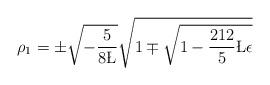
LaTeX: \begin{align*}\rho_1 = \pm \sqrt{-\frac{5}{8 \L}}\sqrt{ 1 \mp \sqrt{ 1 - \frac{212}{5} \L\epsilon}}\end{align*}